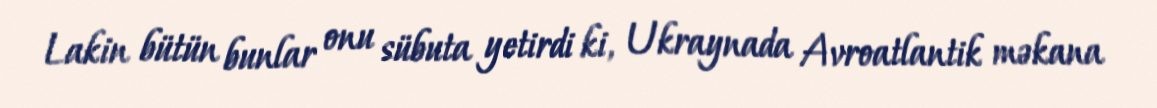
Lakin bütün bunlar onu sübuta yetirdi ki, Ukraynada Avroatlantik məkana